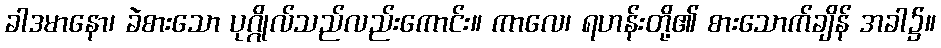
ခါဒမာနော၊ ခဲစားသော ပုဂ္ဂိုလ်သည်လည်းကောင်း။ ကာလေ၊ ရဟန်းတို့၏ စားသောက်ချိန် အခါ၌။